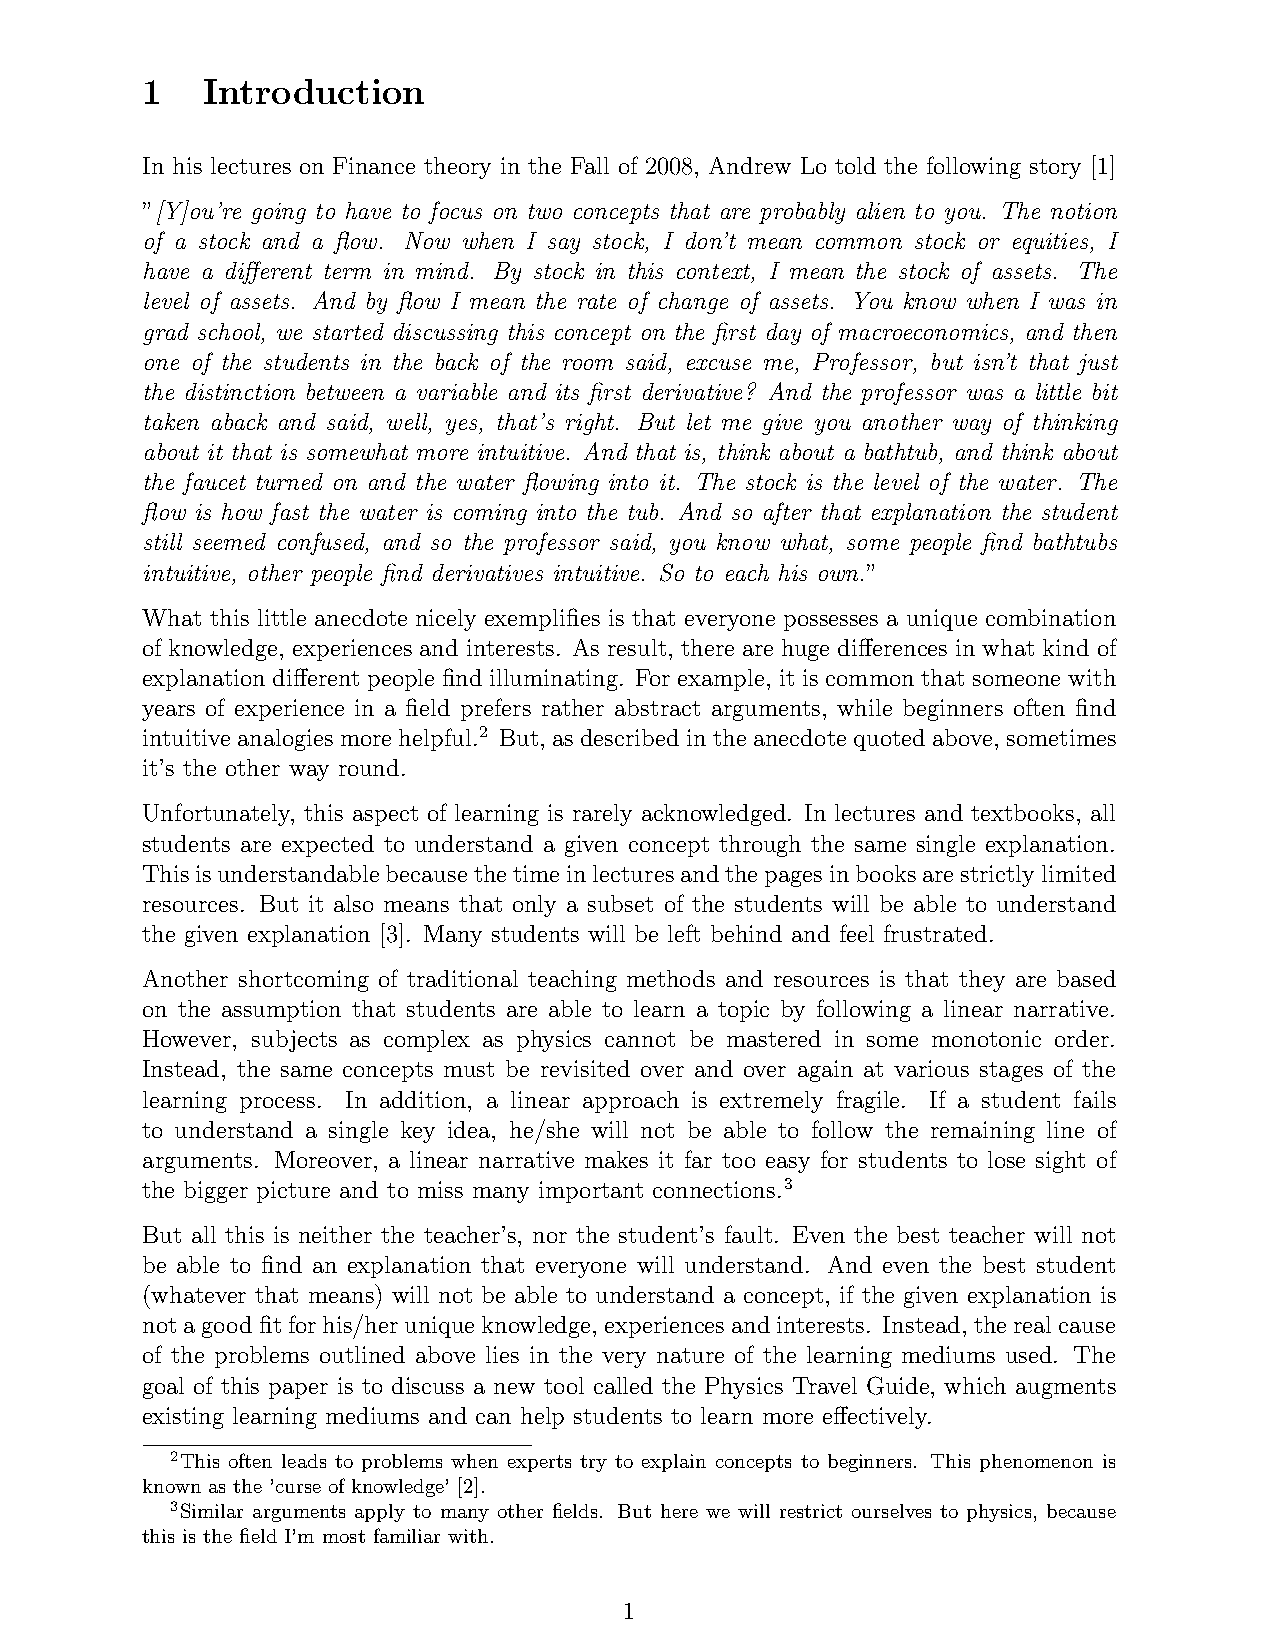
1   Introduction
 In his lectures on Finance theory in the Fall of 2008, Andrew Lo told the following story [1]
 ”[Y]ou’re going to have to focus on two concepts that are probably alien to you. The notion
 of a stock and a flow. Now when I say stock, I don’t mean common stock or equities, I
 have a different term in mind. By stock in this context, I mean the stock of assets. The
 level of assets. And by flow I mean the rate of change of assets. You know when I was in
 grad school, we started discussing this concept on the first day of macroeconomics, and then
 one of the students in the back of the room said, excuse me, Professor, but isn’t that just
 the distinction between a variable and its first derivative? And the professor was a little bit
 taken aback and said, well, yes, that’s right. But let me give you another way of thinking
 about it that is somewhat more intuitive. And that is, think about a bathtub, and think about
 the faucet turned on and the water flowing into it. The stock is the level of the water. The
 flow is how fast the water is coming into the tub. And so after that explanation the student
 still seemed confused, and so the professor said, you know what, some people find bathtubs
 intuitive, other people find derivatives intuitive. So to each his own.”
 What this little anecdote nicely exemplifies is that everyone possesses a unique combination
 of knowledge, experiences and interests. As result, there are huge differences in what kind of
 explanation different people find illuminating. For example, it is common that someone with
 years of experience in a field prefers rather abstract arguments, while beginners often find
 intuitive analogies more helpful.2 But, as described in the anecdote quoted above, sometimes
 it’s the other way round.
 Unfortunately, this aspect of learning is rarely acknowledged. In lectures and textbooks, all
 students are expected to understand a given concept through the same single explanation.
 Thisisunderstandablebecausethetimeinlecturesandthepagesinbooksarestrictlylimited
 resources. But it also means that only a subset of the students will be able to understand
 the given explanation [3]. Many students will be left behind and feel frustrated.
 Another shortcoming of traditional teaching methods and resources is that they are based
 on the assumption that students are able to learn a topic by following a linear narrative.
 However, subjects as complex as physics cannot be mastered in some monotonic order.
 Instead, the same concepts must be revisited over and over again at various stages of the
 learning process. In addition, a linear approach is extremely fragile. If a student fails
 to understand a single key idea, he/she will not be able to follow the remaining line of
 arguments. Moreover, a linear narrative makes it far too easy for students to lose sight of
 the bigger picture and to miss many important connections.3
 But all this is neither the teacher’s, nor the student’s fault. Even the best teacher will not
 be able to find an explanation that everyone will understand. And even the best student
 (whatever that means) will not be able to understand a concept, if the given explanation is
 notagoodfitforhis/heruniqueknowledge, experiencesandinterests. Instead, therealcause
 of the problems outlined above lies in the very nature of the learning mediums used. The
 goal of this paper is to discuss a new tool called the Physics Travel Guide, which augments
 existing learning mediums and can help students to learn more effectively.
 2This often leads to problems when experts try to explain concepts to beginners. This phenomenon is
 known as the ’curse of knowledge’ [2].
 3Similar arguments apply to many other fields. But here we will restrict ourselves to physics, because
 this is the field I’m most familiar with.
 1